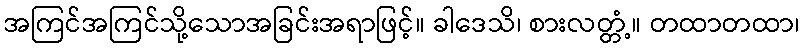
အကြင်အကြင်သို့သောအခြင်းအရာဖြင့်။ ခါဒေသိ၊ စားလတ္တံ့။ တထာတထာ၊